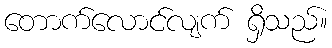
တောက်လောင်လျက် ရှိသည်။